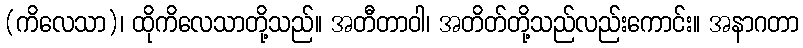
(ကိလေသာ)၊ ထိုကိလေသာတို့သည်။ အတီတာဝါ၊ အတိတ်တို့သည်လည်းကောင်း။ အနာဂတာ